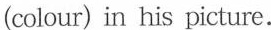
(colour) in his picture.